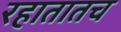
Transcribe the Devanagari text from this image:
रहातातच